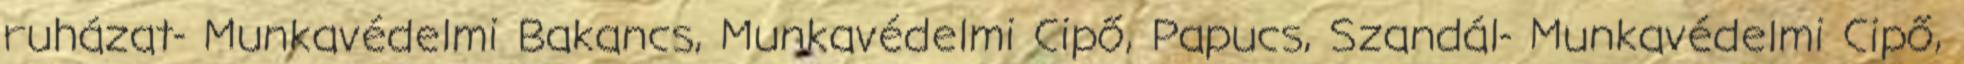
ruházat- Munkavédelmi Bakancs, Munkavédelmi Cipő, Papucs, Szandál- Munkavédelmi Cipő,